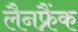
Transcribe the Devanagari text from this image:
लैनफ्रैंक